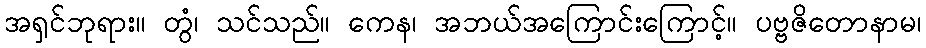
အရှင်ဘုရား။ တွံ၊ သင်သည်။ ကေန၊ အဘယ်အကြောင်းကြောင့်။ ပဗ္ဗဇိတောနာမ၊